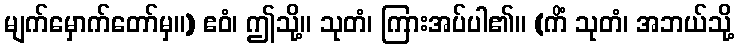
မျက်မှောက်တော်မှ။) ဧဝံ၊ ဤသို့။ သုတံ၊ ကြားအပ်ပါ၏။ (ကိံ သုတံ၊ အဘယ်သို့